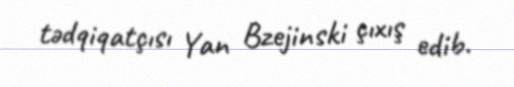
tədqiqatçısı Yan Bzejinski çıxış edib.